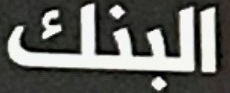
البنك